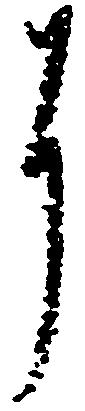
に